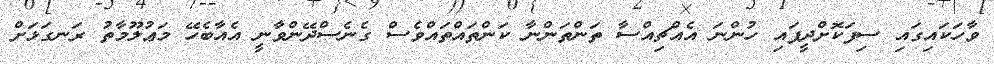
ވާހަކައިގައި ސިފަކޮށްދީފައި ހުންނަ އެއްޗިއްސާ ތަންތަންނާ ކަންތައްތައްވެސް ގެނެސްދޭންވާނީ އެއާބެހޭ މަޢުލޫމާތު ރަނގަޅަށް